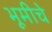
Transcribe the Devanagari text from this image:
भूमीचे